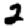
Digit: 2